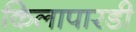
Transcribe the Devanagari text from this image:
किलापारडी